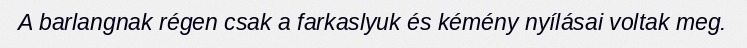
A barlangnak régen csak a farkaslyuk és kémény nyílásai voltak meg.